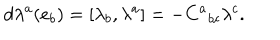
d \lambda ^ { a } ( e _ { b } ) = [ \lambda _ { b } , \lambda ^ { a } ] = - C ^ { a } { } _ { b c } \lambda ^ { c } .